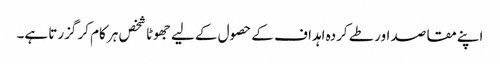
اپنے مقاصد اور طے کردہ اہداف کے حصول کے لیے جھوٹا شخص ہر کام کر گزرتا ہے۔